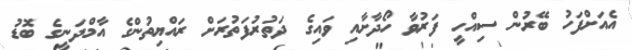
އެއަށްފަހު ބޭރުން ސިއްހީ ފަރުވާ ހޯދާށާއި ވައިގެ ދަތުރުފަތުރަށް ރައްޔިތުންގެ އާމްދަނީގެ ބޮޑު